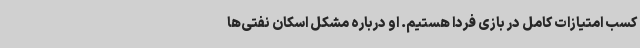
کسب امتیازات کامل در بازی فردا هستیم. او درباره مشکل اسکان نفتی‌ها